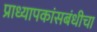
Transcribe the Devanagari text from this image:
प्राध्यापकांसबंधीचा